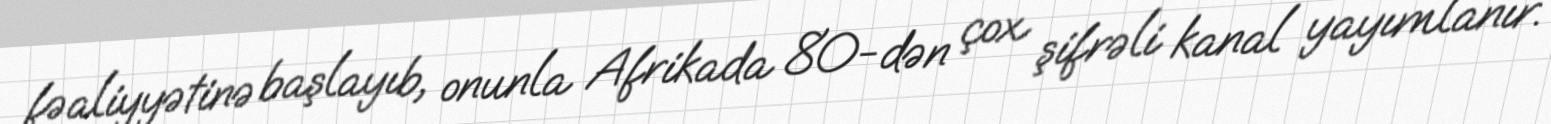
fəaliyyətinə başlayıb, onunla Afrikada 80-dən çox şifrəli kanal yayımlanır.